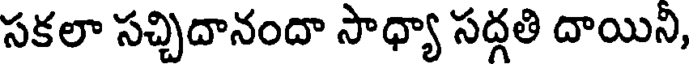
సకలా సచ్చిదానందా సాధ్యా సద్గతి దాయిని,